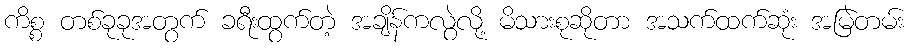
ကိစ္စ တစ်ခုခုအတွက် ခရီးထွက်တဲ့ အချိန်ကလွဲလို့ မိသားစုဆိုတာ အသက်ထက်ဆုံး အမြဲတမ်း